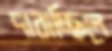
দাবাচ্ছিলে